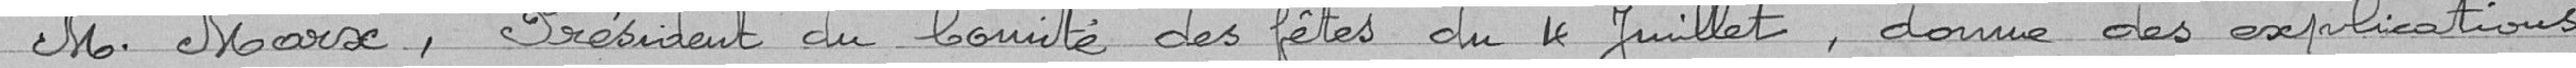
M. Marx, président du Comité des fêtes du 4 juillet, donne des explications